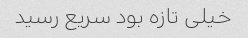
خیلی تازه بود سریع رسید